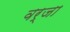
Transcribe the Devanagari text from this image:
वर्जा